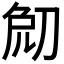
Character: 𠜧